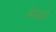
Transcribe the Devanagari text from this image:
सेफर्म